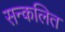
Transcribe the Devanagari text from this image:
सन्कलित